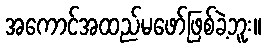
အကောင်အထည်မဖော်ဖြစ်ခဲ့ဘူး။